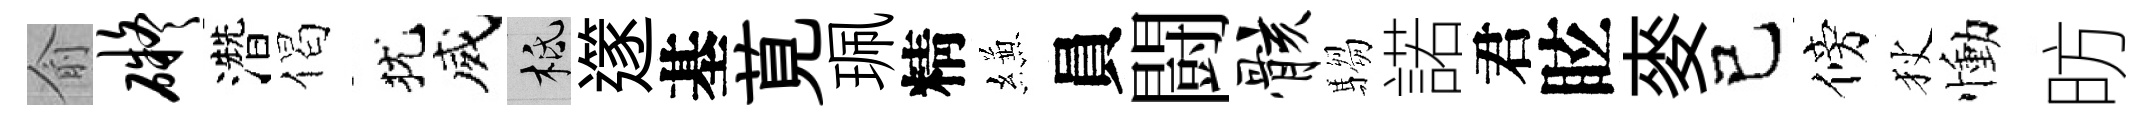
俞碍濳偈犹威柢𨗹基莧珮精縑員闘骸騶諾君眩麥己傍狄慟昉